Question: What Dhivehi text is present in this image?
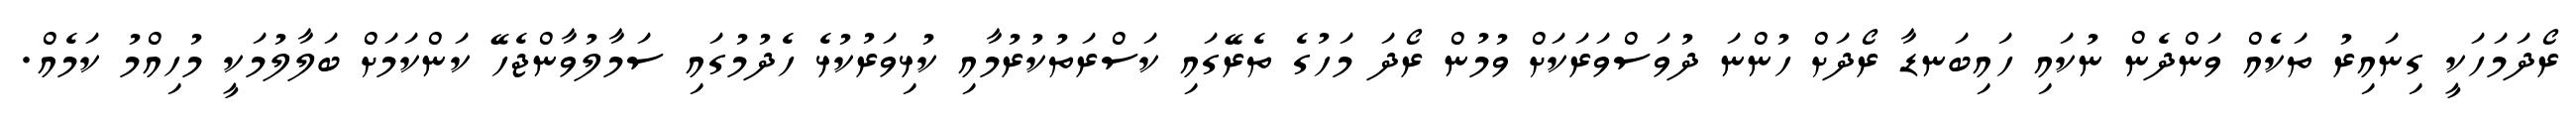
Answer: ރޯދަމަހަކީ ގިނައިރު ތަކެއް ވަންދެން ނުކައި ހައިބަނޑާ ރޯދަށް ހުންނަ ދުވަސްވަރަކަށް ވުމުން ރޯދަ މަހުގެ ތެރޭގައި ކަސްރަތުކުރުމާއި ކުޅިވަރުކުޅެ ހެދުމުގައި ސަމާލުވާންޖެހޭ ކަންކަމަށް ބަލާލުމަކީ މުހިއްމު ކަމެއް.